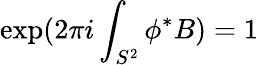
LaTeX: \exp(2\pi i\int_{S^{2}}\phi^{*}{B})=1